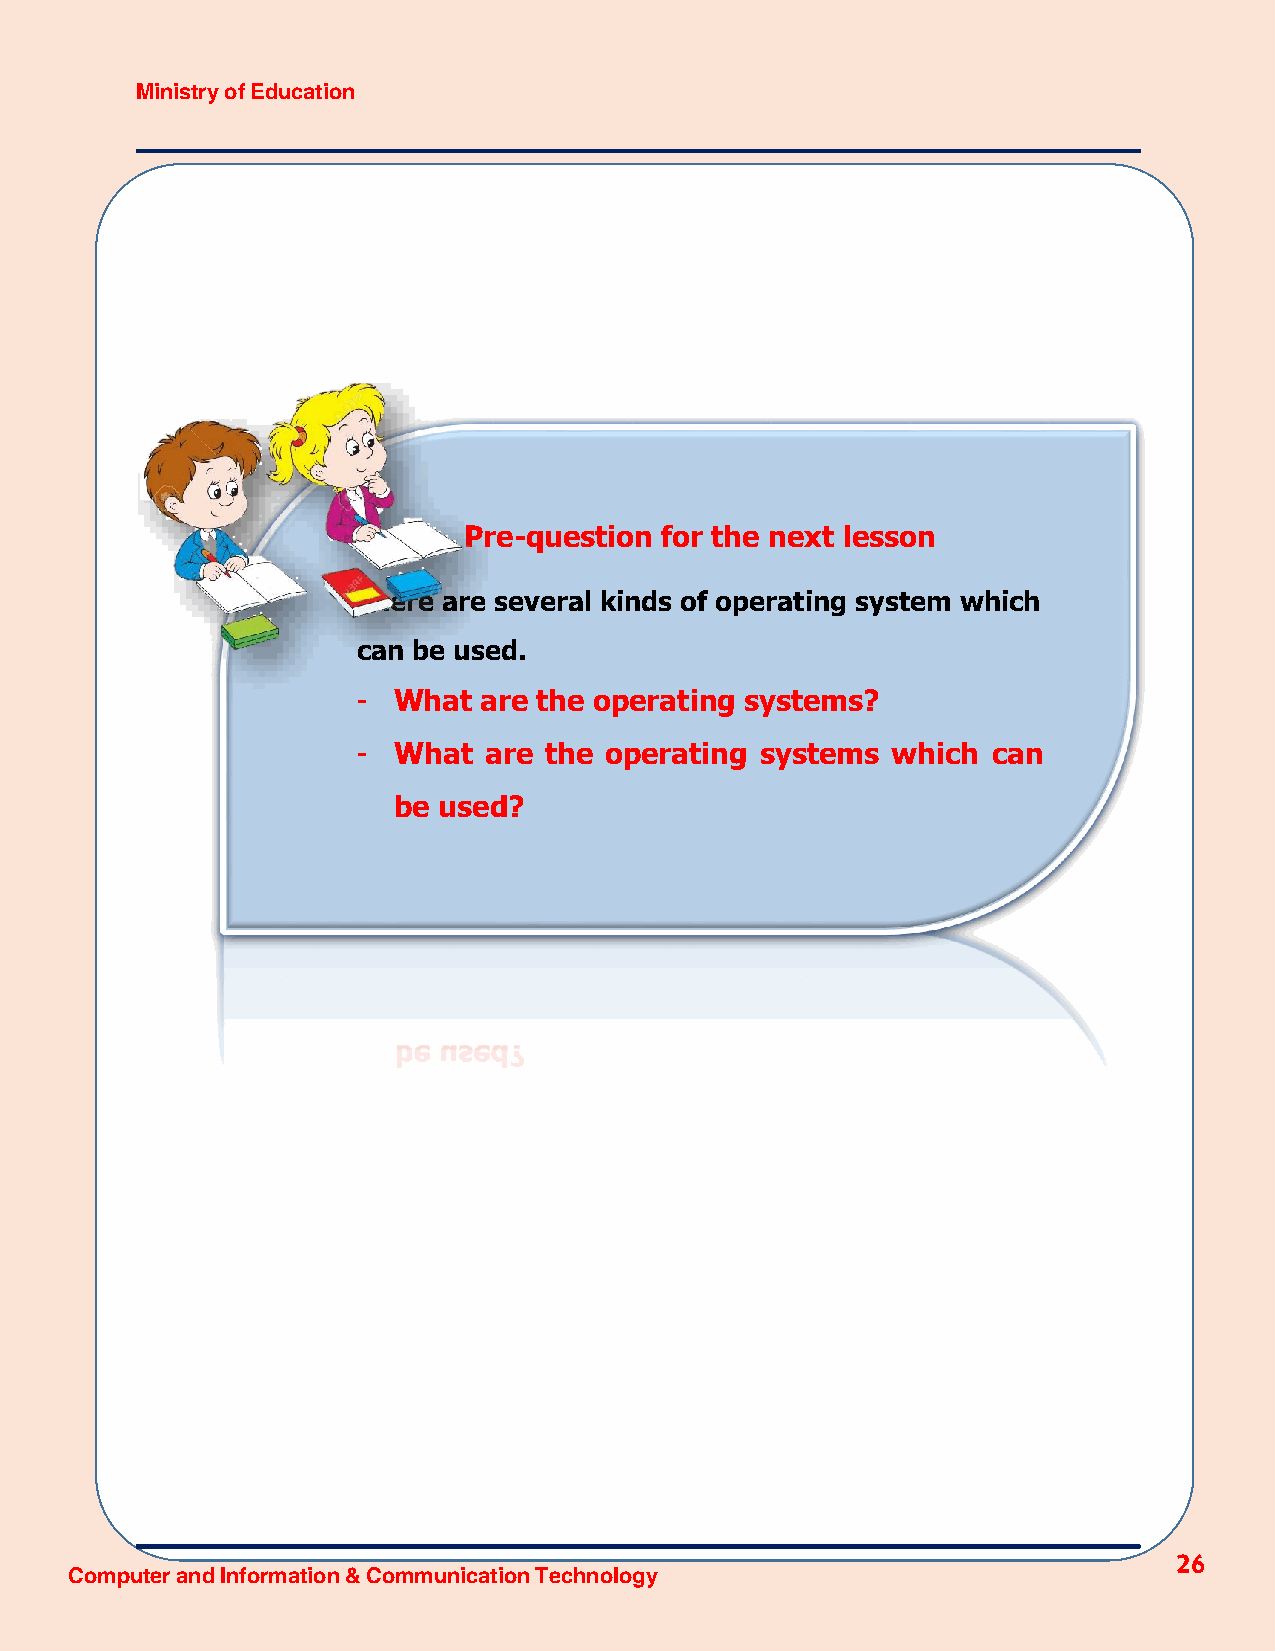
Ministry of Education
 Pre-question for the next lesson
 There are several kinds of operating system which
 can be used.
 - What  are the operating systems?
 - What  are the operating systems  which  can
 be used?
 26
 Computer and Information & Communication Technology